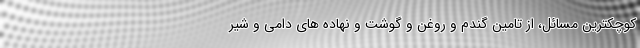
کوچکترین مسائل، از تامین گندم و روغن و گوشت و نهاده های دامی و شیر